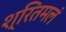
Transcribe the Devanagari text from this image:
श्रितमलं